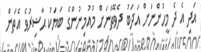
އަދި އެ ދެ މީހުންނަށް އަދަބު ދެވޭތަނަށް މުއުމިނުންގެ ބަޔަކު ޙާޟިރުވެ އެތަން